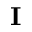
\mathbf { I }